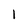
Character: 1